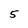
Character: 5